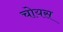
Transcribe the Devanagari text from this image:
चोयस